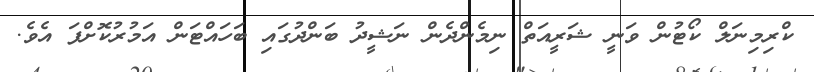
ކްރިމިނަލް ކޯޓުން ވަނީ ޝަރީއަތް ނިމެންދެން ނަޝީދު ބަންދުގައި ބަހައްޓަން އަމުރުކޮށްފަ އެވެ.